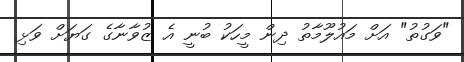
"ވަގުތު" އަށް މައުލޫމާތު ދިން މީހަކު ބުނީ އެ ޒުވާނާގެ ގަޔަށް ވަޅި